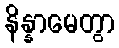
နိန္နာမေတွာ